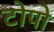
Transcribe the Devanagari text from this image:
टोपो